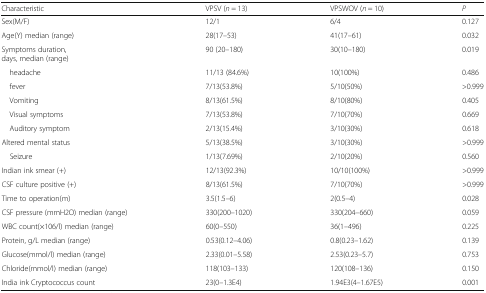
| Characteristic | VPSV (n = 13) | VPSWOV (n = 10) | P |
 | --- | --- | --- | --- |
 | Sex(M/F) | 12/1 | 6/4 | 0.127 |
 | Age(Y) median (range) | 28(17–53) | 41(17–61) | 0.032 |
 | Symptoms duration,days, median (range) | 90 (20–180) | 30(10–180) | 0.019 |
 | headache | 11/13 (84.6%) | 10(100%) | 0.486 |
 | fever | 7/13(53.8%) | 5/10(50%) | >0.999 |
 | Vomiting | 8/13(61.5%) | 8/10(80%) | 0.405 |
 | Visual symptoms | 7/13(53.8%) | 7/10(70%) | 0.669 |
 | Auditory symptom | 2/13(15.4%) | 3/10(30%) | 0.618 |
 | Altered mental status | 5/13(38.5%) | 3/10(30%) | >0.999 |
 | Seizure | 1/13(7.69%) | 2/10(20%) | 0.560 |
 | Indian ink smear (+) | 12/13(92.3%) | 10/10(100%) | >0.999 |
 | CSF culture positive (+) | 8/13(61.5%) | 7/10(70%) | >0.999 |
 | Time to operation(m) | 3.5(1.5–6) | 2(0.5–4) | 0.028 |
 | CSF pressure (mmH2O) median (range) | 330(200–1020) | 330(204–660) | 0.059 |
 | WBC count(×106/l) median (range) | 60(0–550) | 36(1–496) | 0.225 |
 | Protein, g/L median (range) | 0.53(0.12–4.06) | 0.8(0.23–1.62) | 0.139 |
 | Glucose(mmol/l) median (range) | 2.33(0.01–5.58) | 2.53(0.23–5.7) | 0.753 |
 | Chloride(mmol/l) median (range) | 118(103–133) | 120(108–136) | 0.150 |
 | India ink Cryptococcus count | 23(0–1.3E4) | 1.94E3(4–1.67E5) | 0.001 |